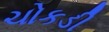
ચોકડી